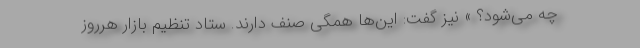
چه می‌شود؟ » نیز گفت: این‌ها همگی صنف دارند. ستاد تنظیم بازار هرروز